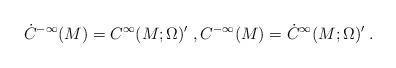
LaTeX: \begin{align*}\dot C^{-\infty}(M)=C^\infty(M;\Omega)'\;,C^{-\infty}(M)=\dot C^\infty(M;\Omega)'\;.\end{align*}